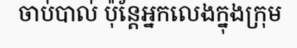
ចាប់បាល់ ប៉ុន្តែអ្នកលេងក្នុងក្រុម